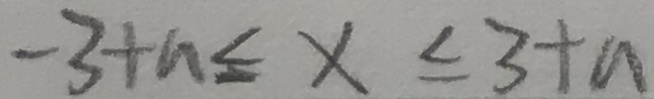
- 3 + n \leq x \leq 3 + n